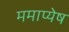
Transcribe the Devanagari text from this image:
ममाप्येष